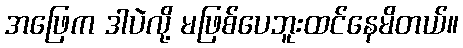
အဖြေက ဒါပဲလို့ မဖြစ်ပေဘူးထင်နေမိတယ်။